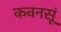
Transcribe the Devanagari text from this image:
कवनसूं